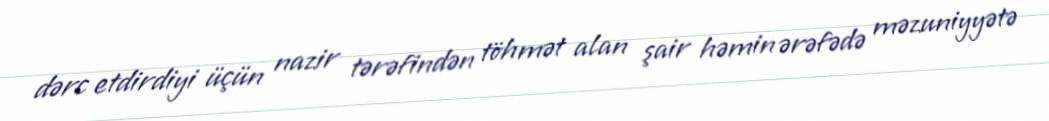
dərc etdirdiyi üçün nazir tərəfindən töhmət alan şair həmin ərəfədə məzuniyyətə